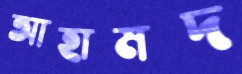
আহামদ